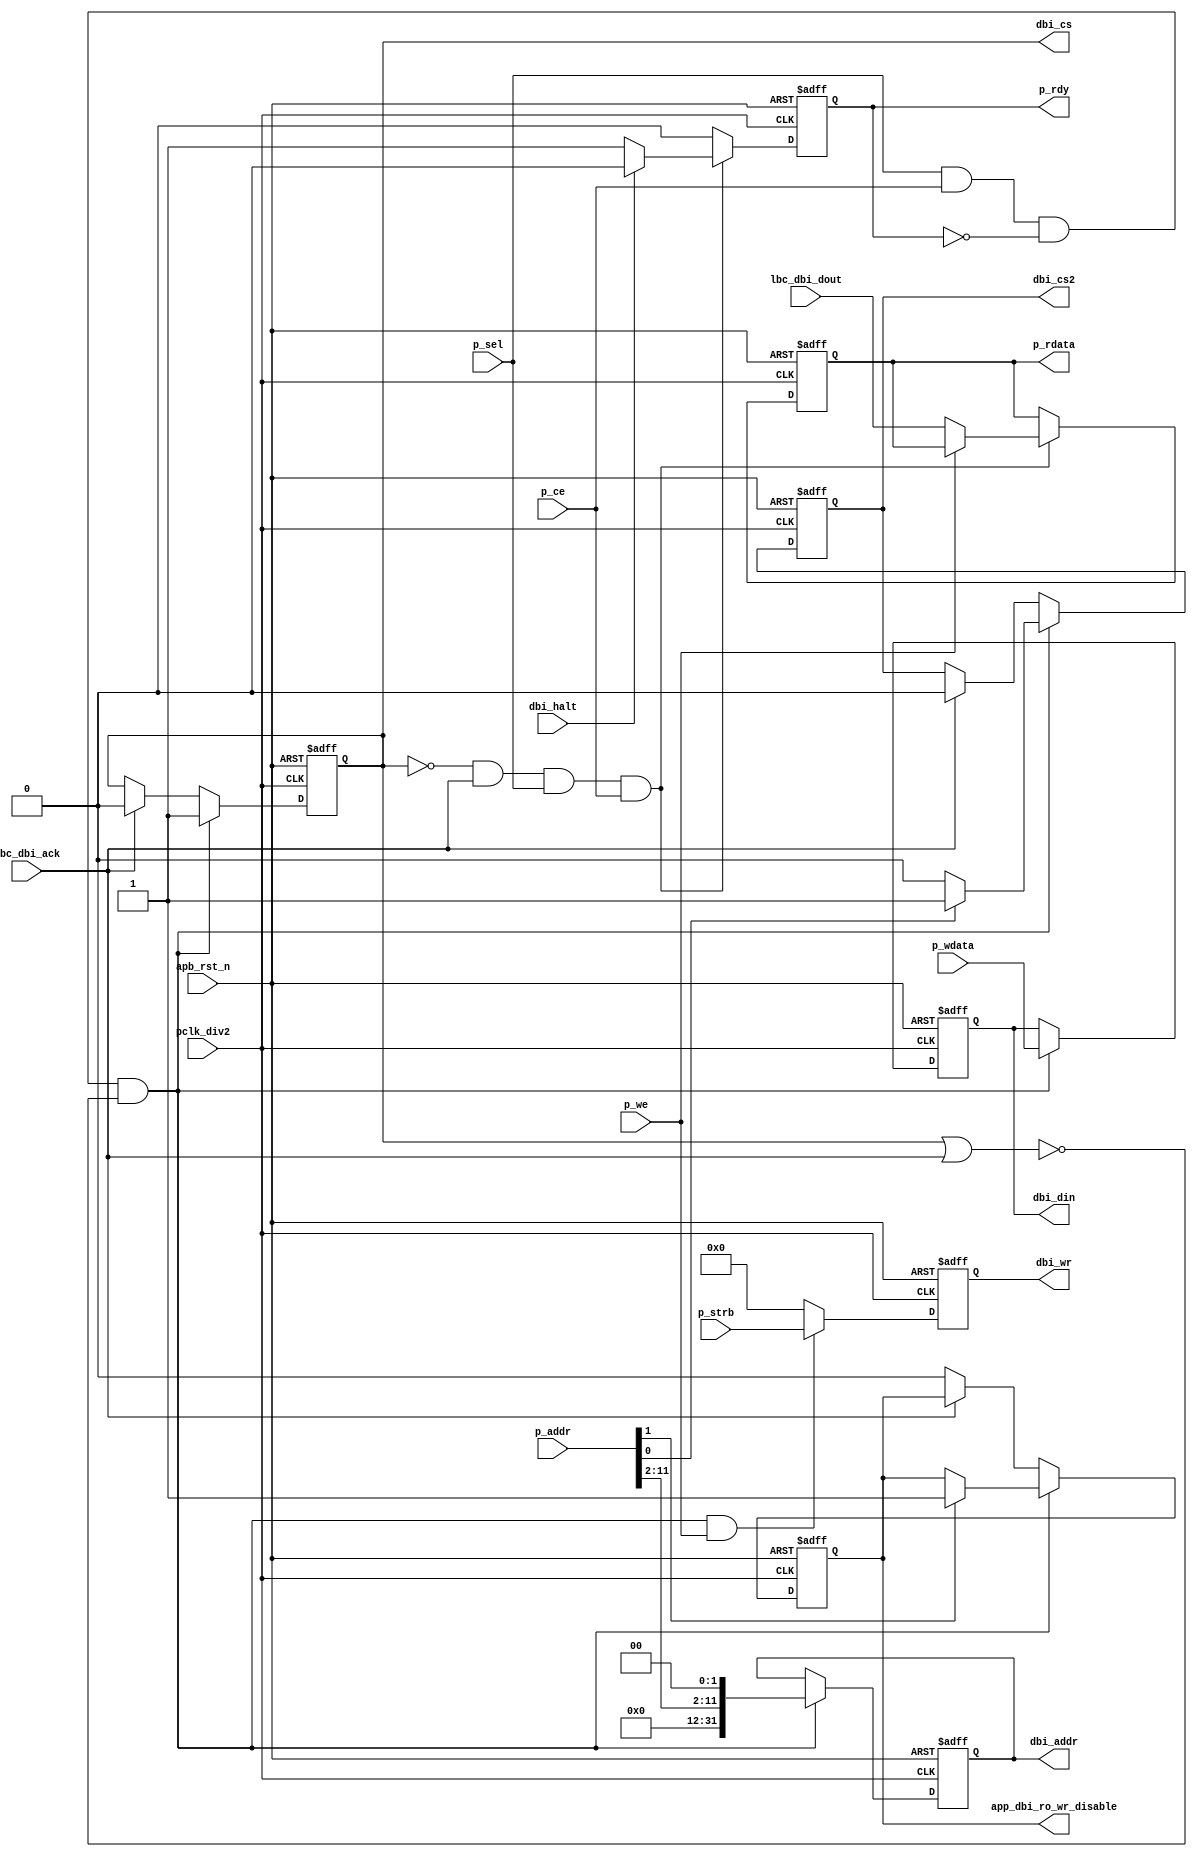
// This program was cloned from: https://github.com/flytt-away/FPGA-Video-Capture
// License: MIT License

//////////////////////////////////////////////////////////////////////////////
//
// Copyright (c) 2020 PANGO MICROSYSTEMS, INC
// ALL RIGHTS REVERVED.
//
// THE SOURCE CODE CONTAINED HEREIN IS PROPRIETARY TO PANGO MICROSYSTEMS, INC.
// IT SHALL NOT BE REPRODUCED OR DISCLOSED IN WHOLE OR IN PART OR USED BY
// PARTIES WITHOUT WRITTEN AUTHORIZATION FROM THE OWNER.
//
//////////////////////////////////////////////////////////////////////////////
module ipsl_pcie_apb2dbi_v1_0 (
    input                       pclk_div2               ,
    input                       apb_rst_n               ,
    input                       p_sel                   ,
    input           [ 3:0]      p_strb                  ,
    input           [15:0]      p_addr                  , // dbi use [11:2]
    input           [31:0]      p_wdata                 ,
    input                       p_ce                    ,
    input                       p_we                    ,
    output  reg                 p_rdy                   ,
    output  reg     [31:0]      p_rdata                 ,
    output  reg     [31:0]      dbi_addr                ,
    output  reg     [31:0]      dbi_din                 ,
    output  reg                 dbi_cs                  ,
    output  reg                 dbi_cs2                 ,
    output  reg     [ 3:0]      dbi_wr                  ,
    output  reg                 app_dbi_ro_wr_disable   ,
    input                       lbc_dbi_ack             ,
    input           [31:0]      lbc_dbi_dout            ,
    input                       dbi_halt
);

wire        apb_access  ;
wire        dbi_standby ;

assign dbi_standby = !(dbi_cs || lbc_dbi_ack);
assign apb_access = (p_sel && p_ce && !p_rdy);

always @(posedge pclk_div2 or negedge apb_rst_n) begin
    if (!apb_rst_n)
    begin
        app_dbi_ro_wr_disable <= 1'd0;
        dbi_cs2  <= 1'b0;
        dbi_cs   <= 1'b0;
        dbi_addr <= 32'd0;
        dbi_din  <= 32'd0;
    end
    else if (apb_access && dbi_standby)
    begin
        if (p_addr[1])
            app_dbi_ro_wr_disable <= 1'b1;

        if (p_addr[0])
            dbi_cs2 <= 1'b1;
        else
            dbi_cs2 <= 1'b0;

        dbi_cs   <= 1'b1;
        dbi_addr <= {20'd0,p_addr[11:2],2'd0};
        dbi_din  <= p_wdata;

    end
    else if (lbc_dbi_ack)
    begin
        dbi_cs  <= 1'b0;
        dbi_cs2 <= 1'b0;
    end
    else
        app_dbi_ro_wr_disable <= 1'b0;
end

always @(posedge pclk_div2 or negedge apb_rst_n) begin
    if (!apb_rst_n)
        dbi_wr <= 4'd0;
    else if (dbi_standby && apb_access && p_we)
        dbi_wr <= p_strb;
    else
        dbi_wr <= 4'd0;
end

always @(posedge pclk_div2 or negedge apb_rst_n) begin
    if (!apb_rst_n)
    begin
        p_rdy <= 1'b0;
        p_rdata <= 32'd0;
    end
    else if (!dbi_cs && lbc_dbi_ack && p_sel && p_ce)
    begin
        if (!dbi_halt)
            p_rdy <= 1'b1;
        else
            p_rdy <= 1'b0;

        if (!p_we)
            p_rdata <= lbc_dbi_dout;
    end
    else
        p_rdy <= 1'b0;
end

endmodule